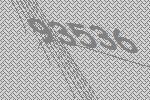
93536